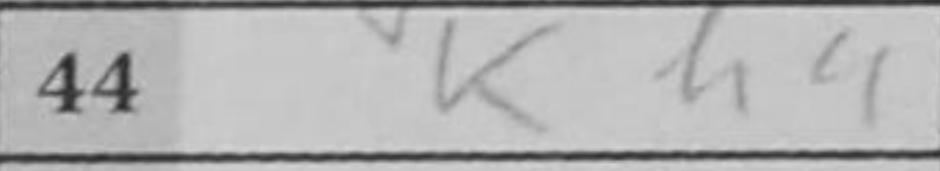
Transcription: Kh4